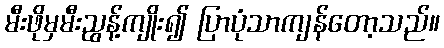
မီးဖိုမှမီးညွန့်ကျိုး၍ ပြာပုံသာကျန်တော့သည်။